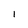
Character: l